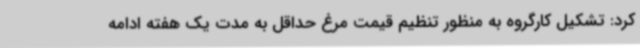
کرد: تشکیل کارگروه به منظور تنظیم قیمت مرغ حداقل به مدت یک هفته ادامه